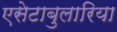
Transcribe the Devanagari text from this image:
एसेटाबुलारिया